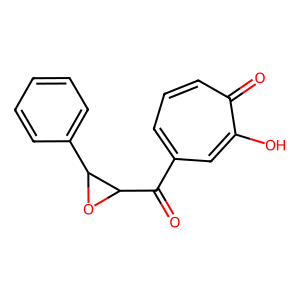
SMILES: O=C(c1cccc(=O)c(O)c1)C1OC1c1ccccc1
Inhibits HIV replication: No